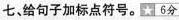
七，给句子加标点符号。☆6分